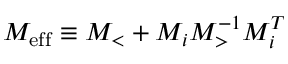
M _ { \mathrm { { e f f } } } \equiv M _ { < } + M _ { i } M _ { > } ^ { - 1 } M _ { i } ^ { T }